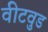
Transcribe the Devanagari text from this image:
वीटवुड